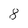
Character: 8